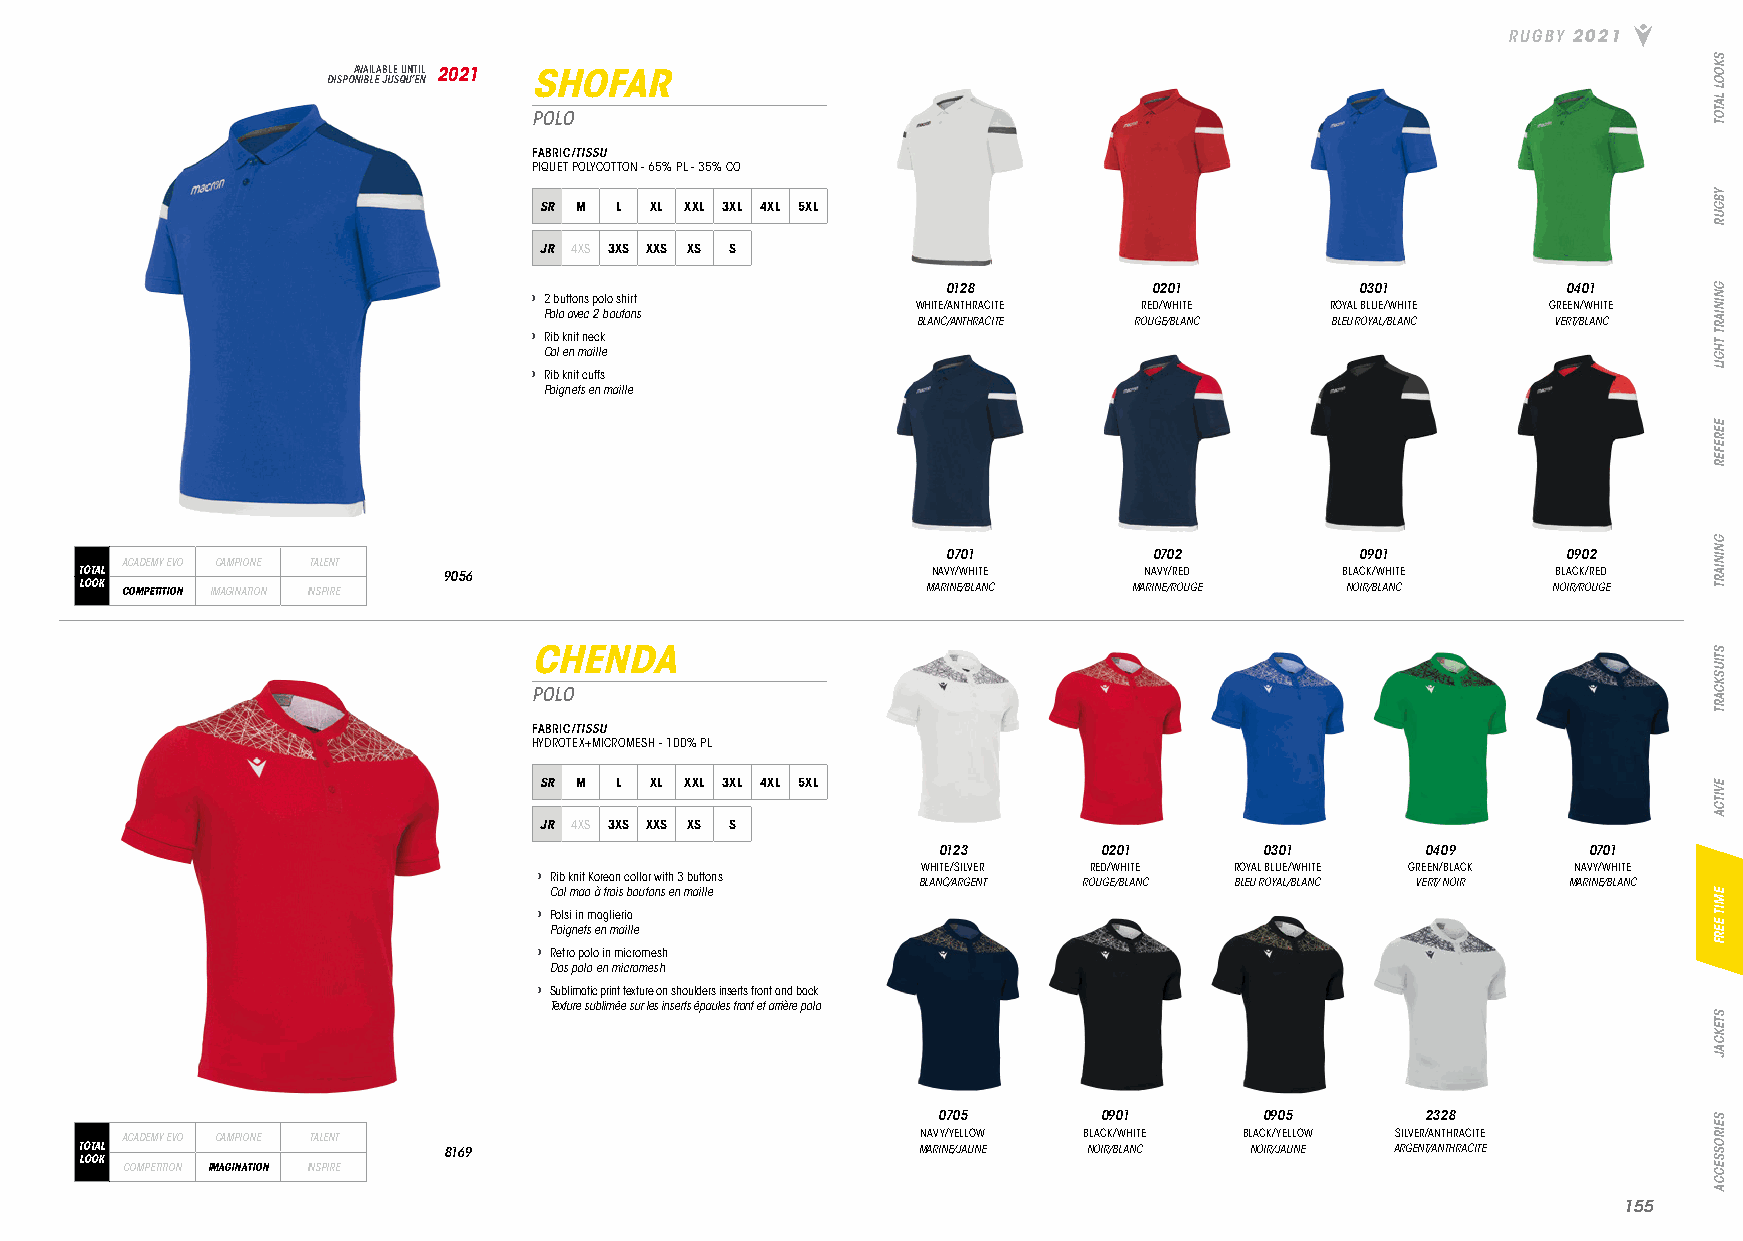
RUGBY 2021
 DISPOA NV IBA LIL EA JB ULE S QU UN ’T EI NL 2021 SHOFAR
 POLO
 FABRIC/TISSU
 PIQUET POLYCOTTON - 65% PL - 35% CO
 SR M L XL XXL 3XL 4XL 5XL
 JR 4XS 3XS XXS XS S
 0128         0201          0301          0401
 › 2 buttons polo shirt
 WHITE/ANTHRACITE RED/WHITE ROYAL BLUE/WHITE GREEN/WHITE
 Polo avec 2 boutons
 BLANC/ANTHRACITE ROUGE/BLANC BLEU ROYAL/BLANC VERT/BLANC
 › Rib knit neck
 Col en maille
 › Rib knit cuffs
 Poignets en maille
 0701         0702          0901          0902
 ACADEMY EVO CAMPIONE TALENT
 TOTAL                   9056                             NAVY/WHITE    NAVY/RED     BLACK/WHITE   BLACK/RED
 LOOK COMPETITION IMAGINATION INSPIRE                    MARINE/BLANC  MARINE/ROUGE  NOIR/BLANC    NOIR/ROUGE
 CHENDA
 POLO
 FABRIC/TISSU
 HYDROTEX+MICROMESH - 100% PL
 SR M L XL XXL 3XL 4XL 5XL
 JR 4XS 3XS XXS XS S
 0123       0201       0301      0409       0701
 WHITE/SILVER RED/WHITE ROYAL BLUE/WHITE GREEN/BLACK NAVY/WHITE
 › Rib knit Korean collar with 3 buttons
 BLANC/ARGENT ROUGE/BLANC BLEU ROYAL/BLANC VERT/ NOIR MARINE/BLANC
 Col mao à trois boutons en maille
 › Polsi in maglieria
 Poignets en maille
 › Retro polo in micromesh
 Dos polo en micromesh
 › Sublimatic print texture on shoulders inserts front and back
 Texture sublimée sur les inserts épaules front et arrière polo
 0705       0901       0905      2328
 ACADEMY EVO CAMPIONE TALENT                          NAVY/YELLOW BLACK/WHITE BLACK/YELLOW SILVER/ANTHRACITE
 TOTAL                   8169                            MARINE/JAUNE NOIR/BLANC NOIR/JAUNE ARGENT/ANTHRACITE
 LOOK
 COMPETITION IMAGINATION INSPIRE
 115555
 SKOOL
 LATOT
 YBGUR
 GNINIART
 THGIL
 EEREFER
 GNINIART
 STIUSKCART
 EVITCA
 EMIT
 EERF
 STEKCAJ
 SEIROSSECCA